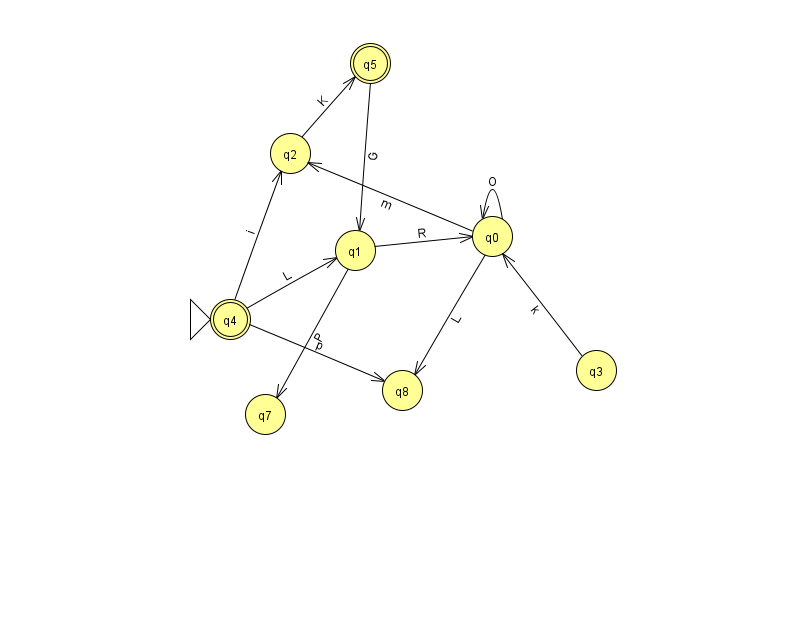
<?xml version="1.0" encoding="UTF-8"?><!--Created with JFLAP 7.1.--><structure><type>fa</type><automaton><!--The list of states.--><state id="0" name="q0"><x>492.0</x><y>223.0</y></state><state id="1" name="q1"><x>355.0</x><y>237.0</y></state><state id="2" name="q2"><x>290.0</x><y>140.0</y></state><state id="3" name="q3"><x>596.0</x><y>357.0</y></state><state id="4" name="q4"><x>230.0</x><y>306.0</y><initial/><final/></state><state id="5" name="q5"><x>370.0</x><y>50.0</y><final/></state><state id="7" name="q7"><x>265.0</x><y>401.0</y></state><state id="8" name="q8"><x>402.0</x><y>377.0</y></state><!--The list of transitions.--><transition><from>3</from><to>0</to><read>k</read></transition><transition><from>1</from><to>7</to><read>P</read></transition><transition><from>4</from><to>8</to><read>p</read></transition><transition><from>5</from><to>1</to><read>G</read></transition><transition><from>4</from><to>1</to><read>L</read></transition><transition><from>2</from><to>5</to><read>K</read></transition><transition><from>1</from><to>0</to><read>R</read></transition><transition><from>0</from><to>2</to><read>m</read></transition><transition><from>0</from><to>8</to><read>L</read></transition><transition><from>4</from><to>2</to><read>i</read></transition><transition><from>0</from><to>0</to><read>O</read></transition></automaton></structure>